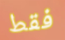
فقط